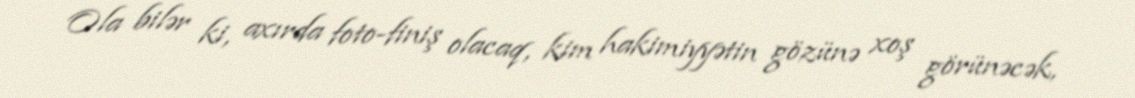
Ola bilər ki, axırda foto-finiş olacaq, kim hakimiyyətin gözünə xoş görünəcək,